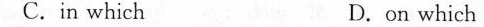
C.in which D.on which